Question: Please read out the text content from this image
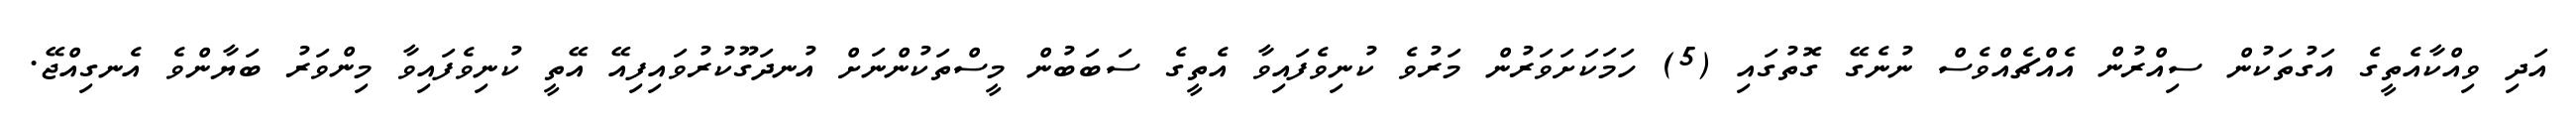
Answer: އަދި ވިއްކާއެތީގެ އަގުތަކުން ސިއްރުން އެއްޗެއްވެސް ނުނެގޭ ގޮތުގައި (5) ހަމަކަށަވަރުން މަރުވެ ކުނިވެފައިވާ އެތީގެ ސަބަބުން މީސްތަކުންނަށް އުނދަގޫކުރުވައިފިއޭ އޭތީ ކުނިވެފައިވާ މިންވަރު ބަޔާންވެ އެނގިއްޖޭ.